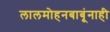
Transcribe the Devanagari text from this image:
लालमोहनबाबूंनाही